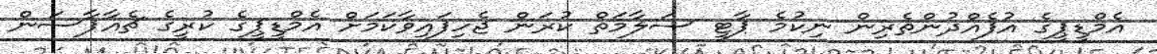
އެމްޑީޕީގެ އުފެއްދުންތެރިން ނިކުމެ ޕާޓީ ސަލާމަތް ކުރަން ޖެހިފައިވާކަމަށް އެމްޑީޕީގެ ކުރީގެ ޗެއާޕާސަން